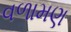
વળામણ